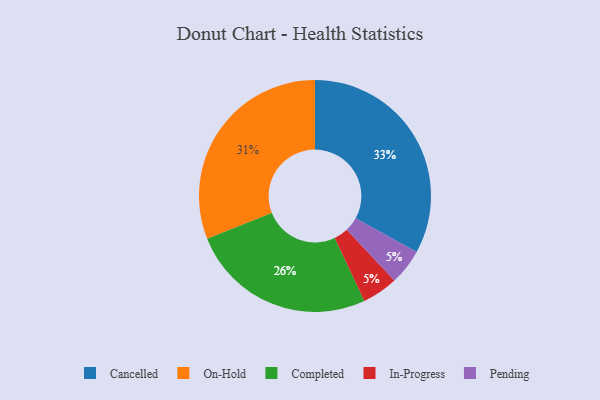
{"axis": {"x": "Category", "y": "Percentage"}, "legend": ["Cancelled", "Completed", "In-Progress", "On-Hold", "Pending"], "data": [{"x": "In-Progress", "y": 5, "type": "In-Progress"}, {"x": "Completed", "y": 26, "type": "Completed"}, {"x": "Cancelled", "y": 33, "type": "Cancelled"}, {"x": "On-Hold", "y": 31, "type": "On-Hold"}, {"x": "Pending", "y": 5, "type": "Pending"}]}